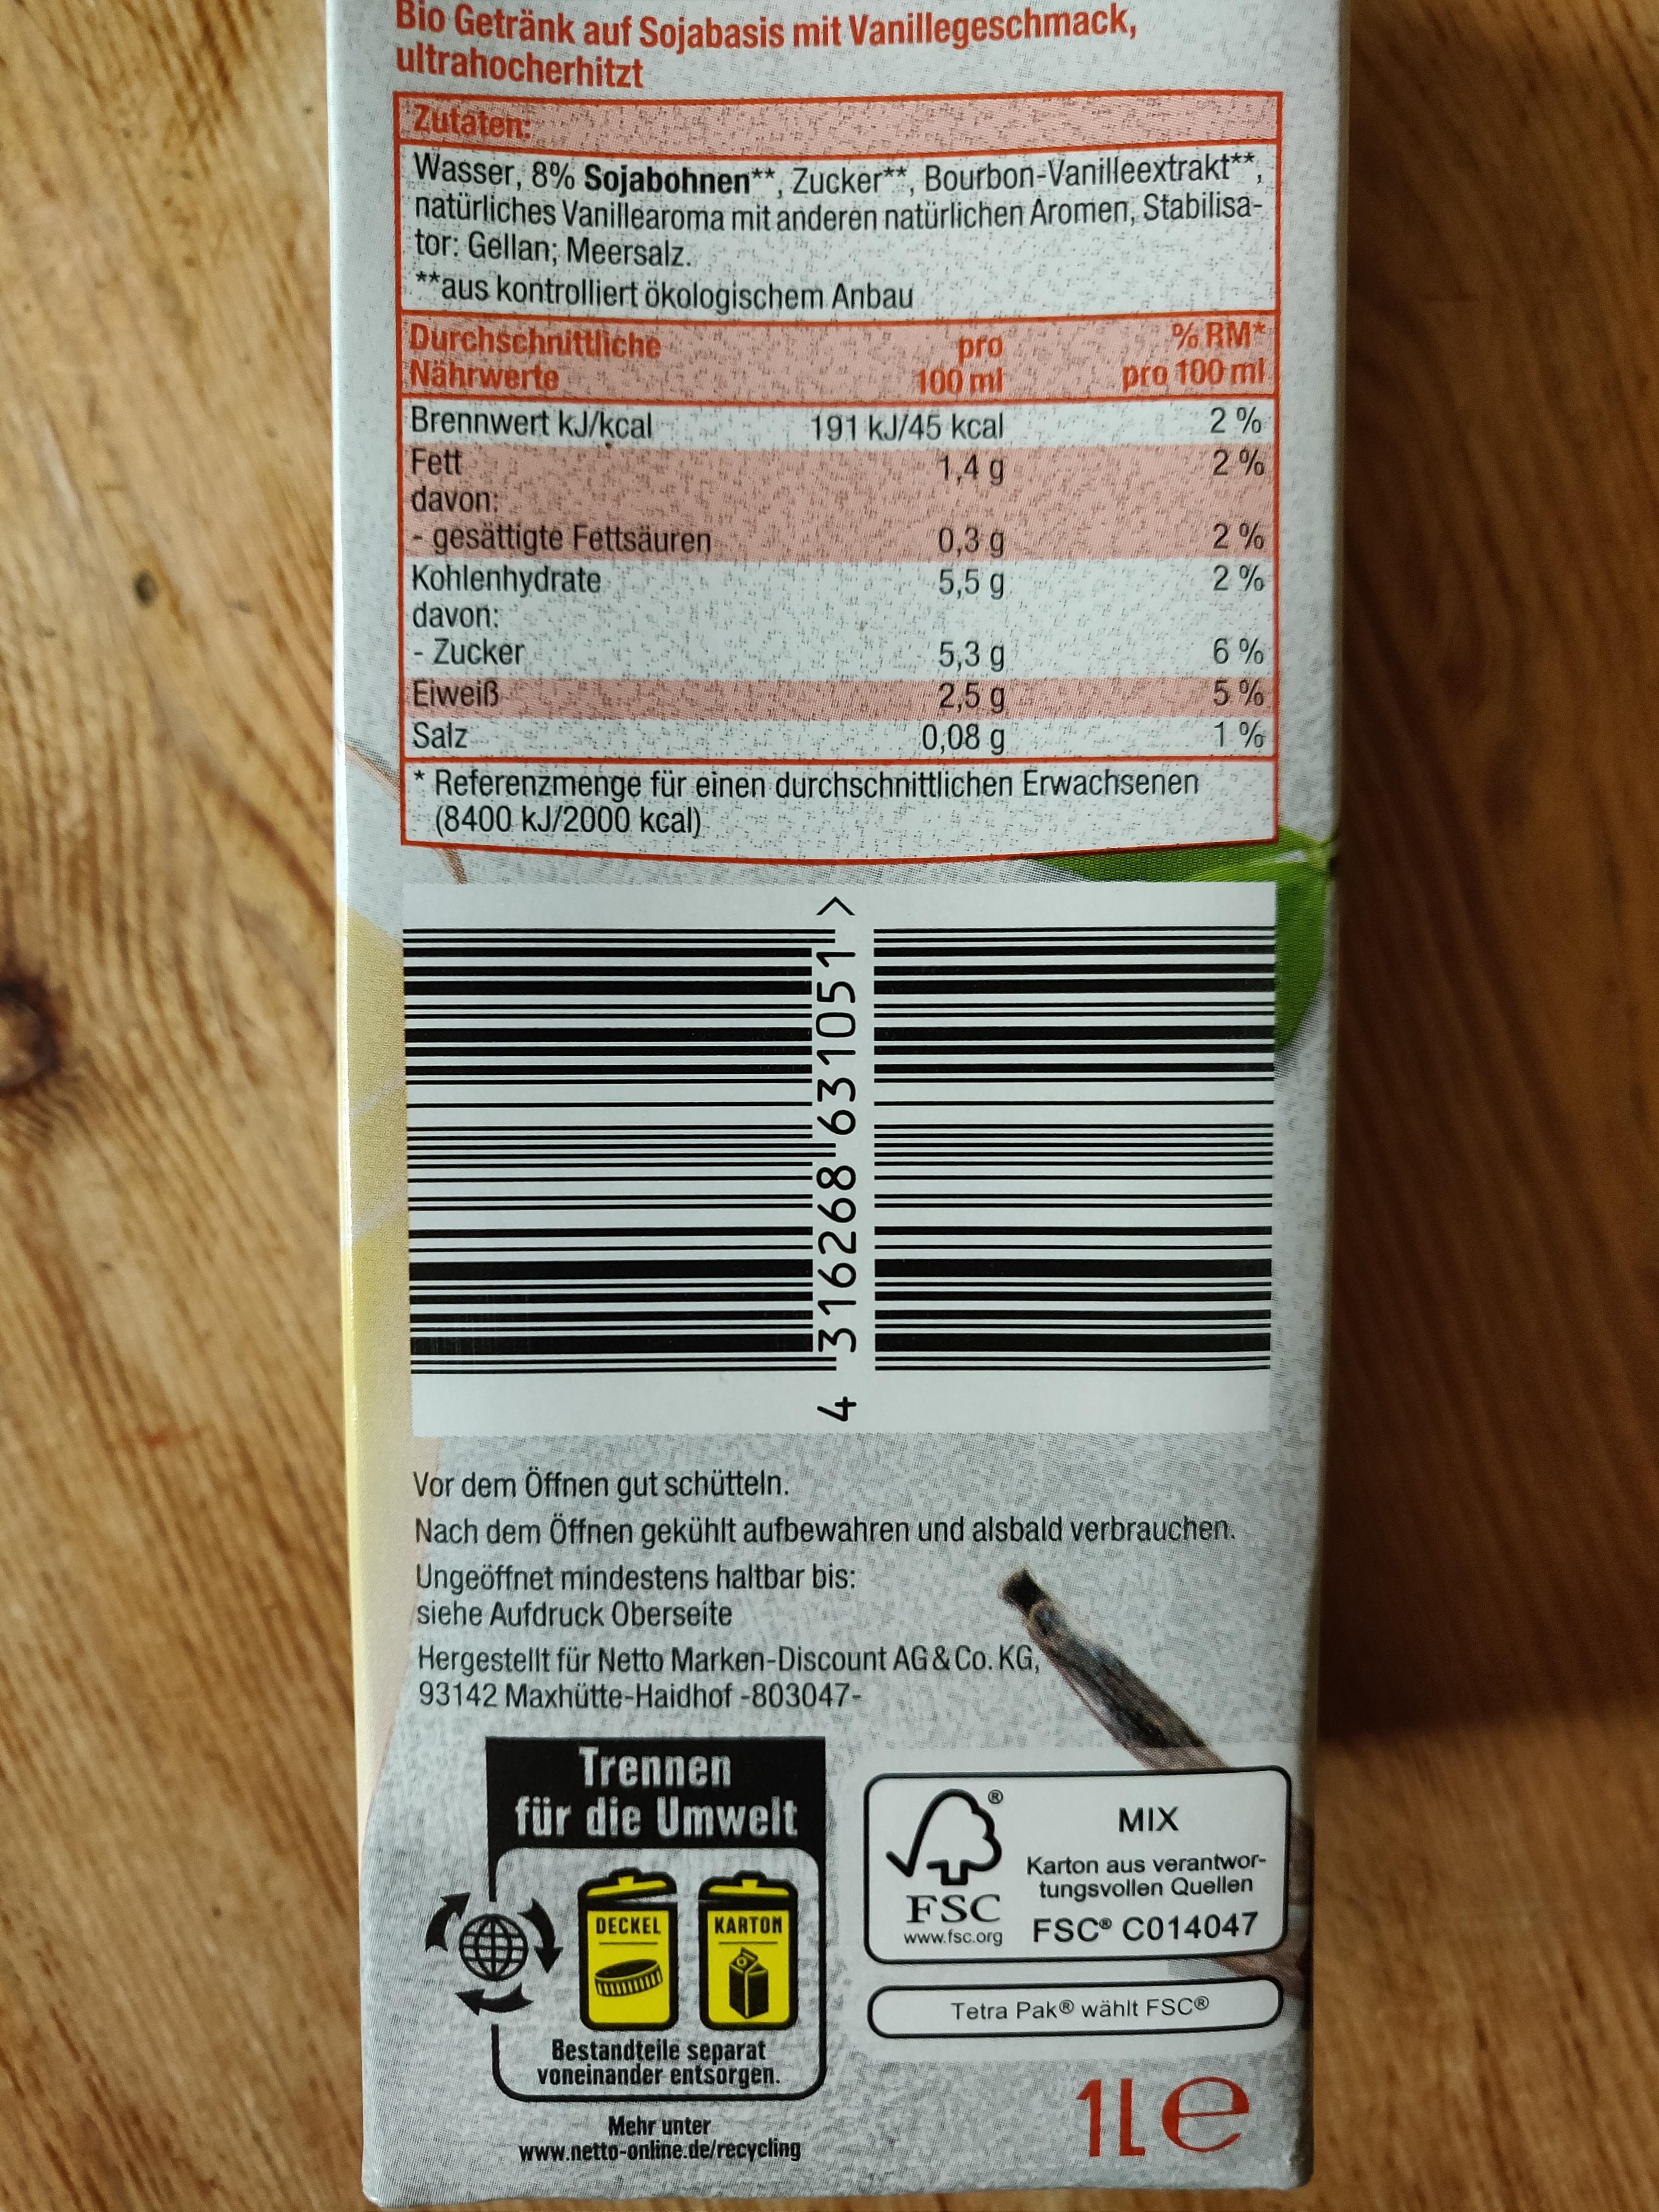
Blo Getränk auf Sojabasis mit Vanillegeschmack, ultrahocherhitzt
Zutaten:
Wasser, 8% Sojabohnen**, Zucker**, Bourbon-Vanilleextrakt*, natürliches Vanillearoma mit anderen natürlichen Aromen, Stabilisa- tor: Gellan; Meersalz. **aus kontrolliert ökologischem Anbau Durchschnittliche Nährwerte Brennwert kJ/kcal Fett davon: gesättigte Fettsäuren Kohlenhydrate davon: - Zucker Eiweiß Salz * Referenzmenge für einen durchschnittlichen Erwachsenen (8400kJ/2000 kcal)
% RM* pro 100 ml
pro 100 ml 191 kJ/45 kcal 1,4 g
2%
2 %
0,3g 5,5 g
2% 2%
6 %
5,3 g 2,5g 0,08g
5% 1%
Vor dem Öffnen gut schütteln. Nach dem Öffnen gekühlt aufbewahren und alsbald verbrauchen.
Ungeöffnet mindestens haltbar bis: siehe Aufdruck Oberseíte
Hergestellt für Netto Marken-Discount AG & Co. KG, 93142 Maxhütte-Haidhof -803047-
Trennen für die Umwelt
MIX
Karton aus verantwor- tungsvollen Quellen
FSC www.fsc.org FSC® C014047
DECKEL
KARTON
Tetra Pak® wählt FSC®
Bestandteile separat voneinander entsorgen.
Mehr unter www.netto-online.de/recycling
1Le
4 316268 631051>